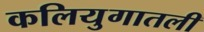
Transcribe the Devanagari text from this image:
कलियुगातली